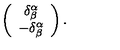
\left( \begin{array} { c } { \delta _ { \beta } ^ { \alpha } } \\ { - \delta _ { \beta } ^ { \alpha } } \\ \end{array} \right) .